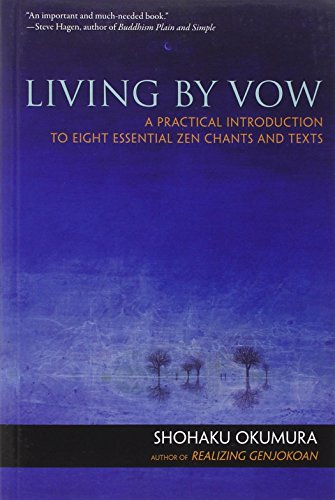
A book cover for Living by Vow: A Practical Introduction to Eight Essential Zen Chants and Texts; Shohaku Okumura; Religion & Spirituality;